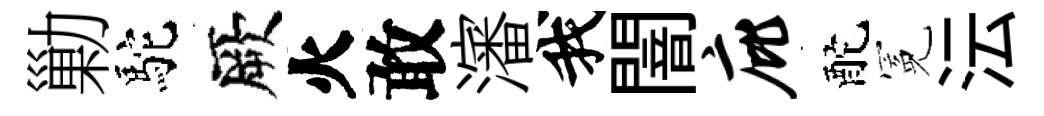
勦駝厥火敢瀋我闇庇酡冕沄